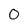
Character: 0